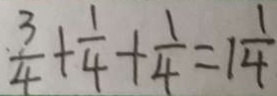
\frac { 3 } { 4 } + \frac { 1 } { 4 } + \frac { 1 } { 4 } = 1 \frac { 1 } { 4 }